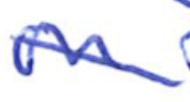
Text: in
Cross-out: diagonal
Writing tool: ballpoint